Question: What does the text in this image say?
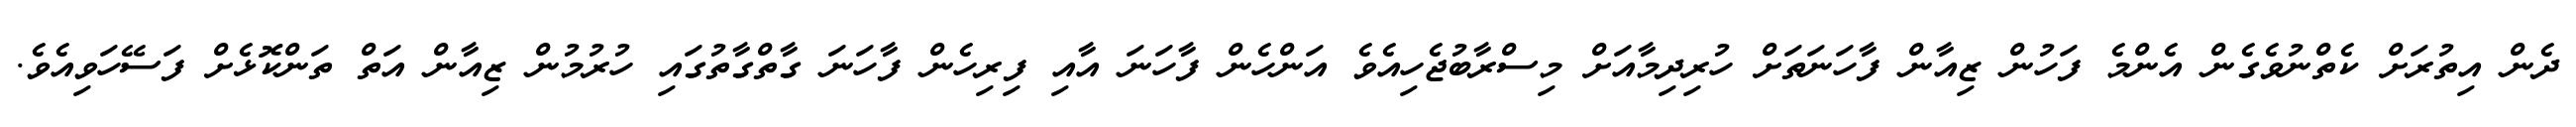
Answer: ދެން އިތުރަށް ކެތްނުވެގެން އެންމެ ފަހުން ޒިއާން ފާހަނަތަށް ހުރިދިމާއަށް މިސްރާބުޖެހިއެވެ އަންހެން ފާހަނަ އާއި ފިރިހެން ފާހަނަ ގާތްގާތުގައި ހުރުމުން ޒިއާން އަތް ތަންކޮޅެށް ފަސޭހަވިއެވެ.